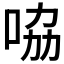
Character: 𠱿